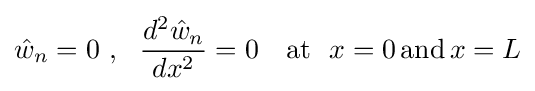
{\hat {w}}_{n}=0~,~~{\frac {d^{2}{\hat {w}}_{n}}{dx^{2}}}=0\quad {\text{at}}~~x=0\,{\text{and}}\,x=L